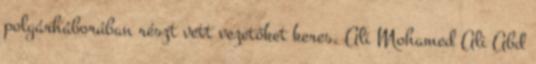
polgárháborúban részt vett vezetőket keres. Ali Mohamed Ali Abd